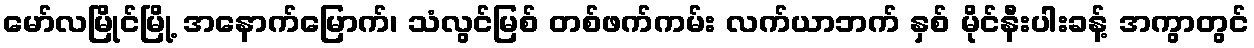
မော်လမြိုင်မြို့ အနောက်မြောက်၊ သံလွင်မြစ် တစ်ဖက်ကမ်း လက်ယာဘက် နှစ် မိုင်နီးပါးခန့် အကွာတွင်